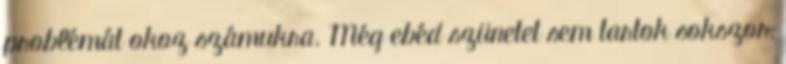
problémát okoz számukra. Még ebéd szünetet sem tartok sokszor,